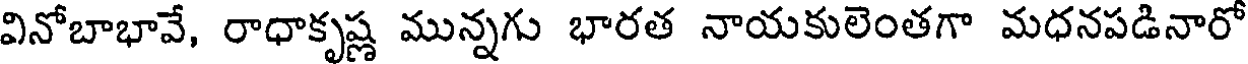
వినోబాభావే, రాధాకృష్ణ మున్నగు భారత నాయకులెంతగా మధనపడినారో